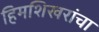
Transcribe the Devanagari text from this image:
हिमशिखरांचा